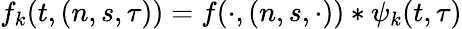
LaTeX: f_{k}(t,(n,s,\tau))=f(\cdot,(n,s,\cdot))*\psi_{k}(t,\tau)